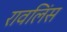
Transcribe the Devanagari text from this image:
रावलिंस